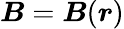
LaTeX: {\boldsymbol{B}}={\boldsymbol{B}}({\boldsymbol{r}})